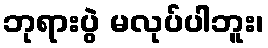
ဘုရားပွဲ မလုပ်ပါဘူး၊